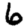
Digit: 6